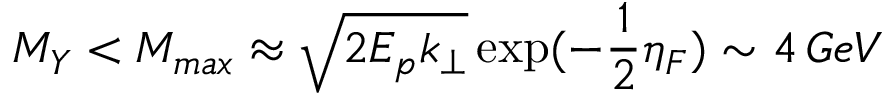
M _ { Y } < M _ { m a x } \approx \sqrt { 2 E _ { p } k _ { \perp } } \exp ( - { \frac { 1 } { 2 } } \eta _ { F } ) \sim 4 \, G e V